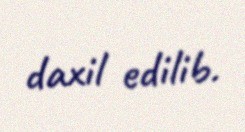
daxil edilib.